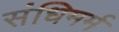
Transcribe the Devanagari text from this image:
संधिमर्म